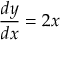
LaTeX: { \frac { d y } { d x } } = 2 x